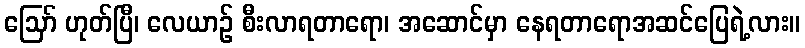
ဪ ဟုတ်ပြီ၊ လေယာဉ် စီးလာရတာရော၊ အဆောင်မှာ နေရတာရောအဆင်ပြေရဲ့လား။